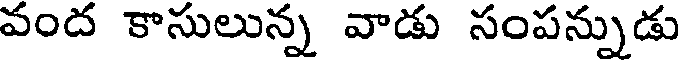
వంద కాసులున్న వాడు సంపన్నుడు